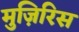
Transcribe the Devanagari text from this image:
मुज़िरिस